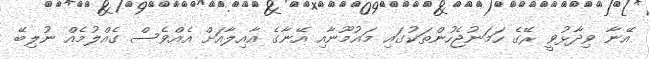
އޭނާ ވިދާޅުވީ ރޭގެ ހަމަނުޖެހުންތަކުގައި މައުމޫނާއި އޭނާގެ އާއިލާއަށް އެއްވެސް ގެއްލުމެއް ނުލިބޭ